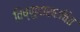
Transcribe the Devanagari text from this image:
विष्णुदासरचित